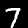
Label: 7